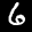
Label: 6